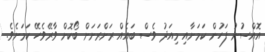
އޮއްސުނު ފަހުން ކަމަށާއި މިއަދު ވެސް ބައެއް ރަށްރަށަށް ބޯކޮށް ވާރޭވެހޭ ކަމަށެވެ.